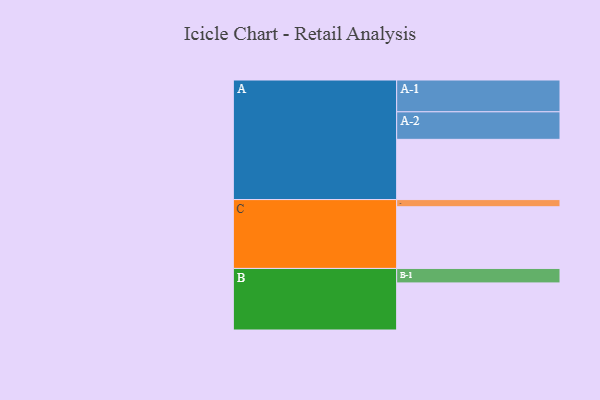
{"axis": {"x": "Segment", "y": "Value"}, "legend": ["", "A", "B", "C"], "data": [{"x": "A", "y": 462, "type": ""}, {"x": "B", "y": 361, "type": ""}, {"x": "C", "y": 473, "type": ""}, {"x": "A-1", "y": 244, "type": "A"}, {"x": "A-2", "y": 211, "type": "A"}, {"x": "B-1", "y": 111, "type": "B"}, {"x": "C-1", "y": 55, "type": "C"}]}